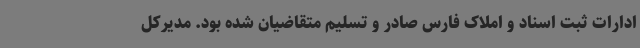
ادارات ثبت اسناد و املاک فارس صادر و تسلیم متقاضیان شده بود. مدیرکل